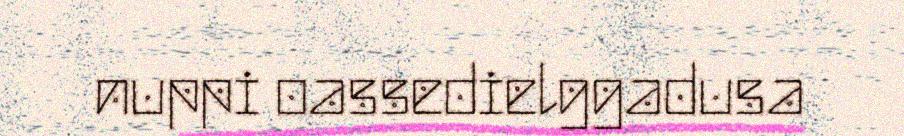
nuppi oassedielggadusa